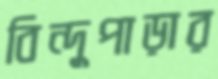
বিন্দুপাড়ার